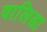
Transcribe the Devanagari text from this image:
वालिडा